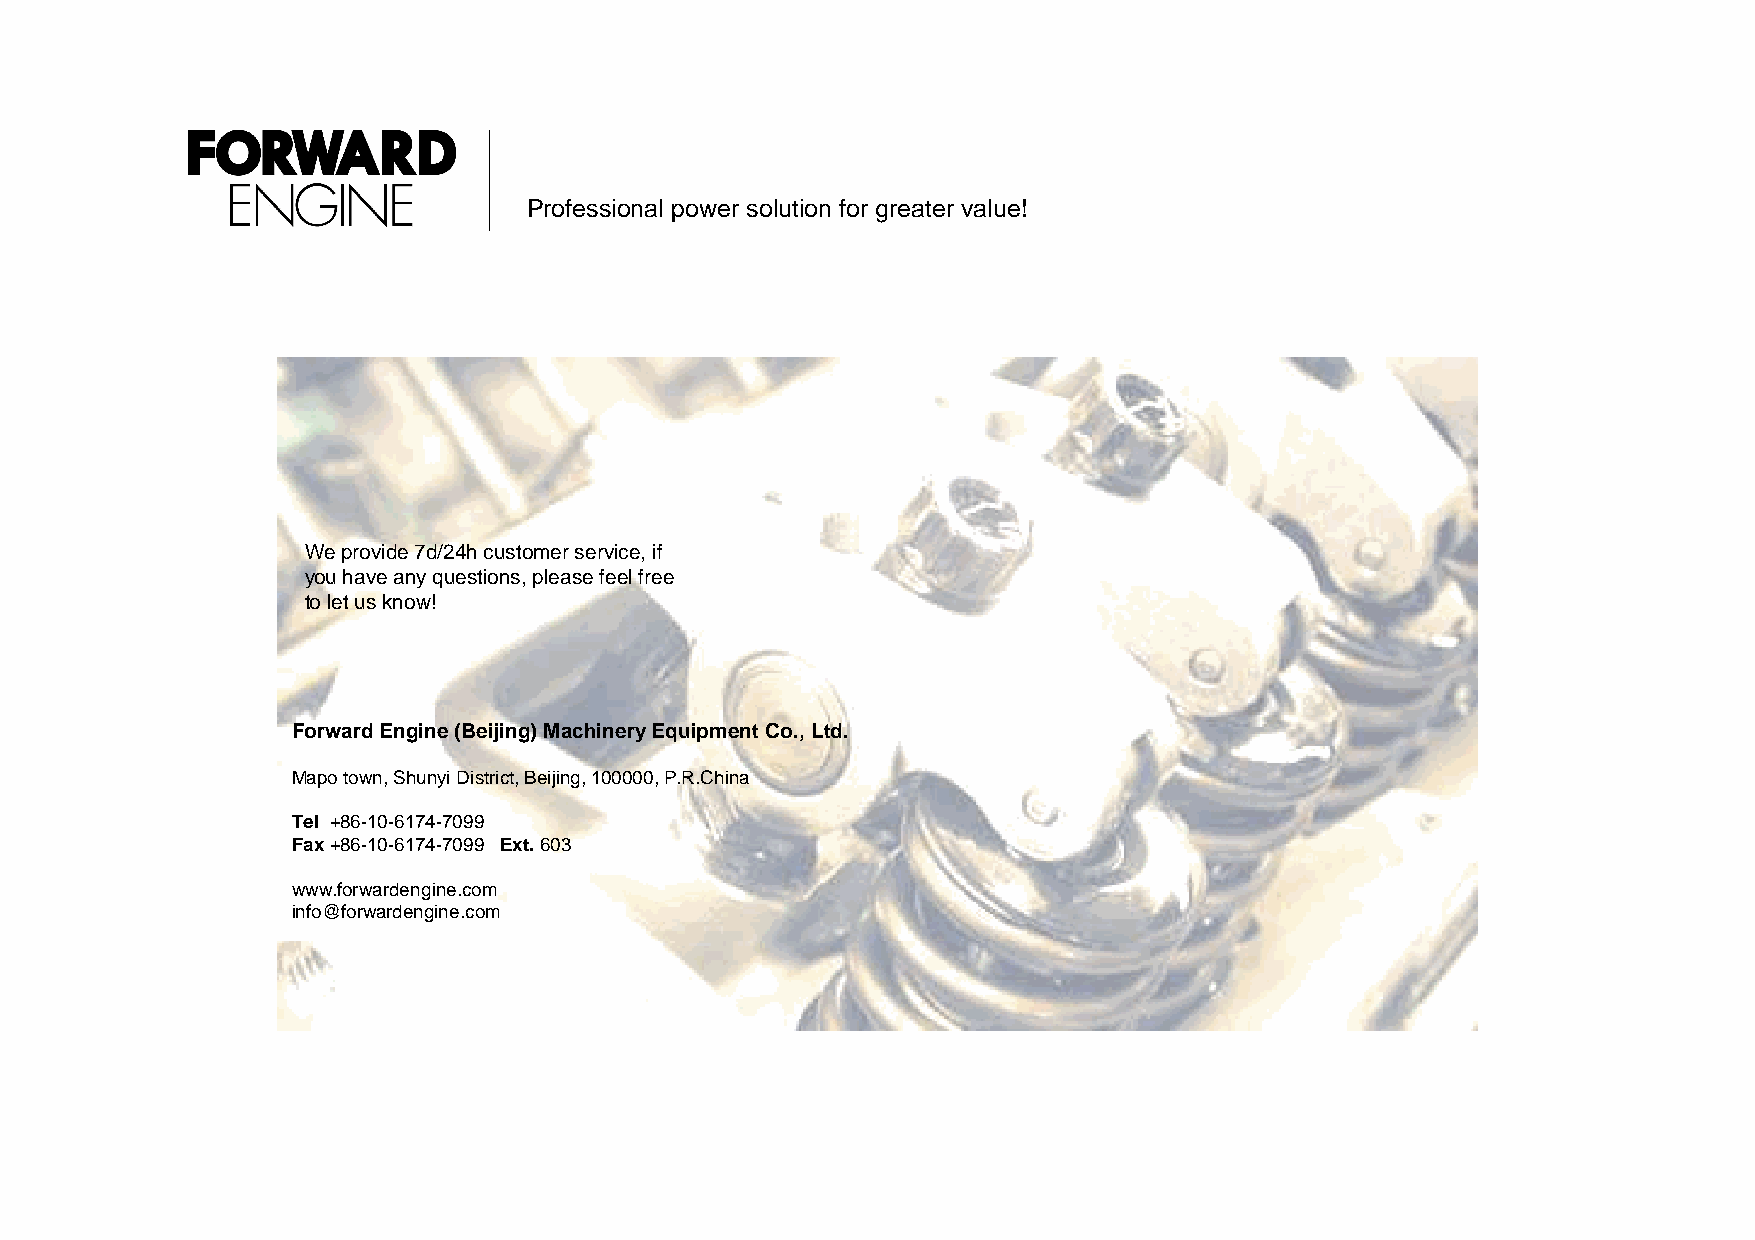
Professional power solution for greater value!
 We provide 7d/24h customer service, if
 you have any questions, please feel free
 to let us know!
 Forward Engine (Beijing) Machinery Equipment Co., Ltd.
 Mapotown, ShunyiDistrict, Beijing, 100000, P.R.China
 Tel +86-10-6174-7099
 Fax+86-10-6174-7099 Ext.603
 www.forwardengine.com
 info@forwardengine.com